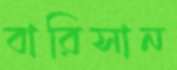
বারিসান